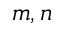
m , n